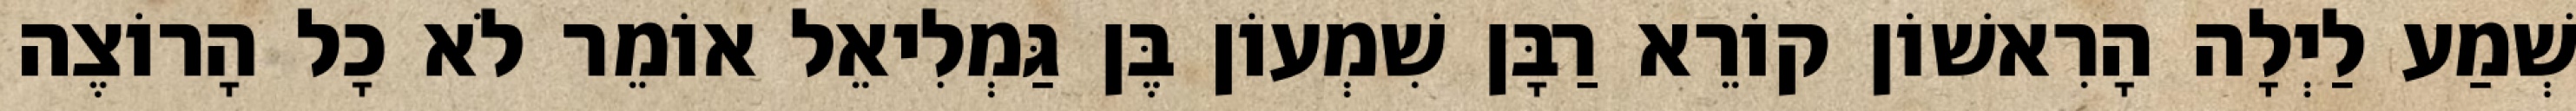
שְׁמַע לַיְלָה הָרִאשׁוֹן קוֹרֵא רַבָּן שִׁמְעוֹן בֶּן גַּמְלִיאֵל אוֹמֵר לֹא כָל הָרוֹצֶה